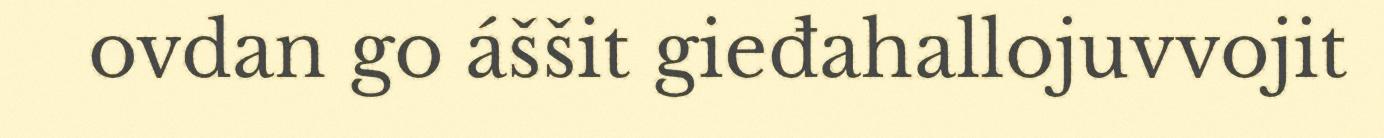
ovdan go áššit gieđahallojuvvojit